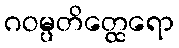
ဂဝမ္ပတိတ္ထေရော